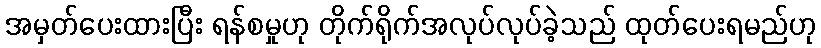
အမှတ်ပေးထားပြီး ရန်စမှုဟု တိုက်ရိုက်အလုပ်လုပ်ခဲ့သည် ထုတ်ပေးရမည်ဟု